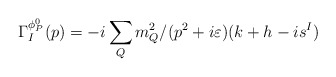
\begin{align*}\Gamma_I^{\phi_P^0}(p)=-i\sum_{Q}m_Q^2/(p^2+i\varepsilon)(k+h-is^I)\end{align*}